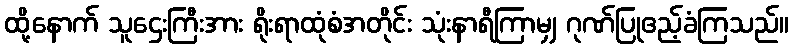
ထို့နောက် သူဌေးကြီးအား ရိုးရာထုံစံအတိုင်း သုံးနာရီကြာမျှ ဂုဏ်ပြုဧည့်ခံကြသည်။